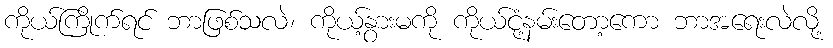
ကိုယ်ကြိုက်ရင် ဘာဖြစ်သလဲ၊ ကိုယ့်နွားမကို ကိုယ်ငုံ့နမ်းတော့ကော ဘာအရေးလဲလို့